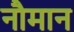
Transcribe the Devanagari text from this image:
नौमान